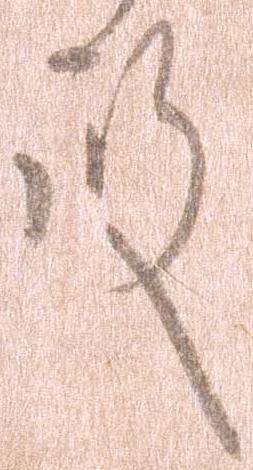
殿